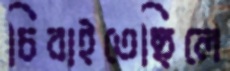
চিবাইতেছিলে